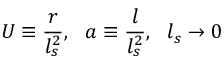
U \equiv \frac { r } { l _ { s } ^ { 2 } } , \ \ a \equiv \frac { l } { l _ { s } ^ { 2 } } , \ \ l _ { s } \rightarrow 0